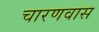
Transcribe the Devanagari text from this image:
चारणवास